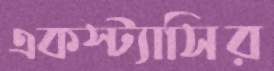
একস্ট্যাসির